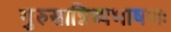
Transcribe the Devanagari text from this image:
गुरुसान्निध्यभाषणः